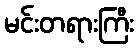
မင်းတရားကြီး